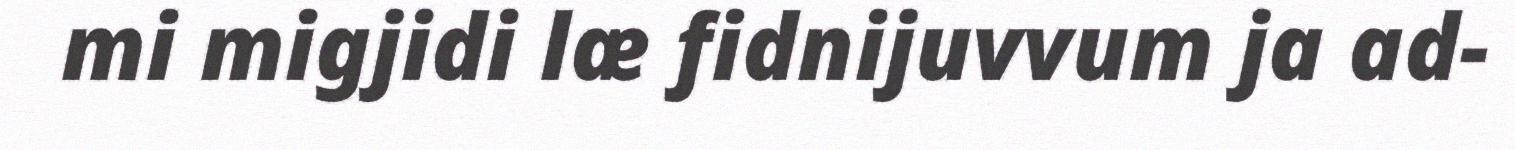
mi migjidi læ fidnijuvvum ja ad-